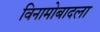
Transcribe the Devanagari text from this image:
विनामोबादला